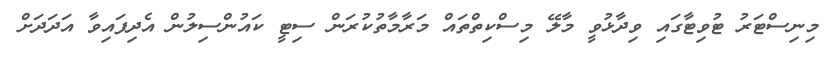
މިނިސްޓަރު ޓުވިޓާގައި ވިދާޅުވީ މާލޭ މިސްކިތްތައް މަރާމާތުކުރަން ސިޓީ ކައުންސިލުން އެދިފައިވާ އަދަދަށް